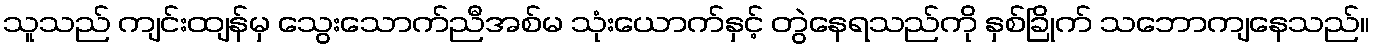
သူသည် ကျင်းထျန်မှ သွေးသောက်ညီအစ်မ သုံးယောက်နှင့် တွဲနေရသည်ကို နှစ်ခြိုက် သဘောကျနေသည်။